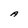
Character: A